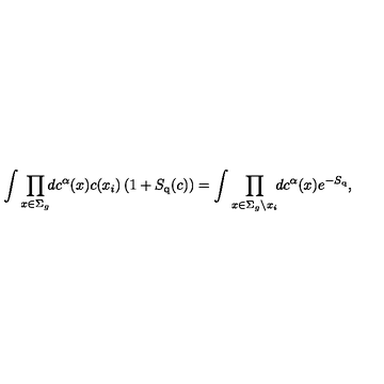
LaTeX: \int \prod _ { x \in \Sigma _ { g } } \! \! d c ^ { \alpha } ( x ) c ( x _ { i } ) \left( 1 + S _ { \mathrm { q } } ( c ) \right) = \int \prod _ { x \in \Sigma _ { g } \setminus x _ { i } } \! \! d c ^ { \alpha } ( x ) e ^ { - S _ { \mathrm { q } } } ,